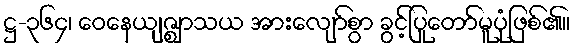
ဋ္ဌ-၃၆၄၊ ဝေနေယျဇ္ဈာသယ အားလျော်စွာ ခွင့်ပြုတော်မူပုံဖြစ်၏။